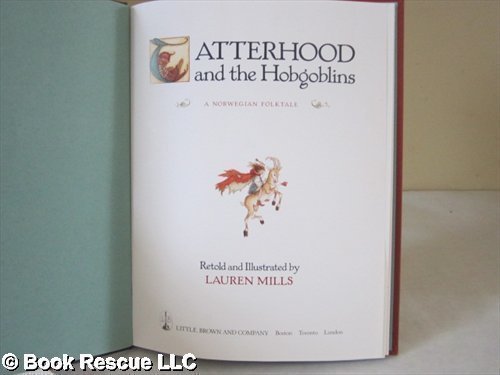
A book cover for Tatterhood and the Hobgoblins: A Norwegian Folktale; Lauren A. Mills; Children's Books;